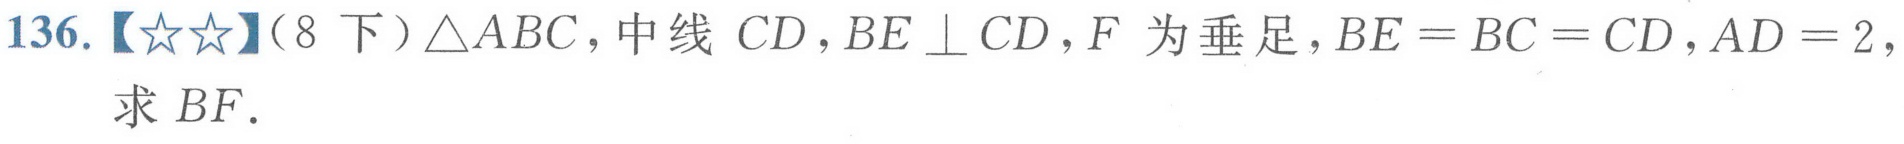
136.【★★】（8下）\(\triangle ABC\)，中线 \(CD\)，\(BE\perp CD\)，\(F\) 为垂足，\(BE = BC = CD\)，\(AD = 2\)，求 \(BF\).